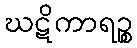
ဃဋိကာရဉ္စ